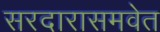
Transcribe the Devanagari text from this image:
सरदारासमवेत